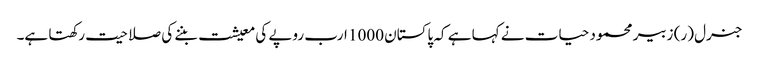
جنرل (ر) زبیر محمود حیات نے کہا ہے کہ پاکستان 1000 ارب روپے کی معیشت بننے کی صلاحیت رکھتا ہے۔